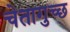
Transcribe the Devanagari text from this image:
चेतागुच्छ